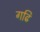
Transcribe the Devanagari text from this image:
गढि